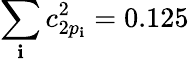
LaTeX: \sum_{\mathbf{i}}c_{2p_{\mathbf{i}}}^{2}=0.125